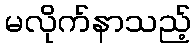
မလိုက်နာသည့်